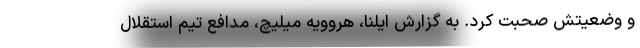
و وضعیتش صحبت کرد. به گزارش ایلنا، هروویه میلیچ، مدافع تیم استقلال